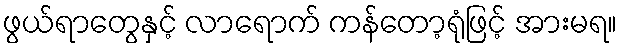
ဖွယ်ရာတွေနှင့် လာရောက် ကန်တော့ရုံဖြင့် အားမရ။